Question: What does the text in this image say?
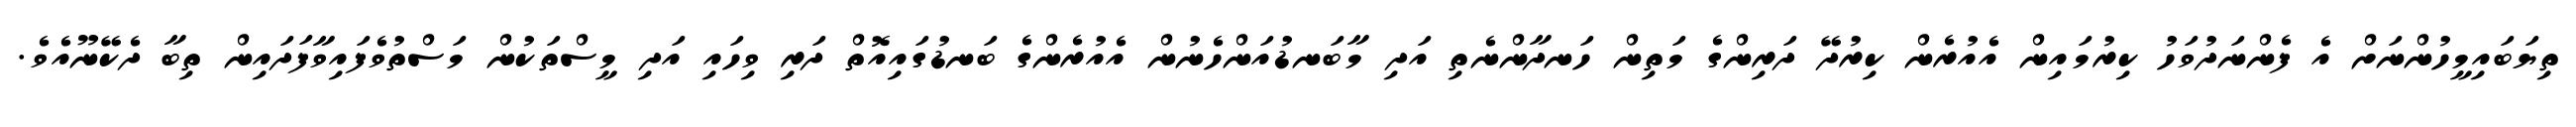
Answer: ތިޔަބައިމީހުންނަށް އެ ފެންނަދުވަހު ކިރުމައިން އެއުރެން ކިރުދޭ ދަރިންގެ މަތިން ހަނދާންނެތި އަދި މާބަނޑުއަންހެނުން އެއުރެންގެ ބަނޑުގައިއޮތް ދަރި ވިހައި އަދި މީސްތަކުން މަސްތުވެފައިވާފަދައިން ތިބާ ދެކޭނޫއެވެ.